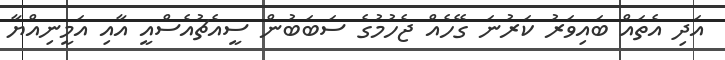
އަދި އެތައް ބައިވަރު ކަރުނަ ގޭހެއް ޖެހުމުގެ ސަބަބުން ސީއެޗުއެސްއީ އާއި އަމީނިއްޔާ